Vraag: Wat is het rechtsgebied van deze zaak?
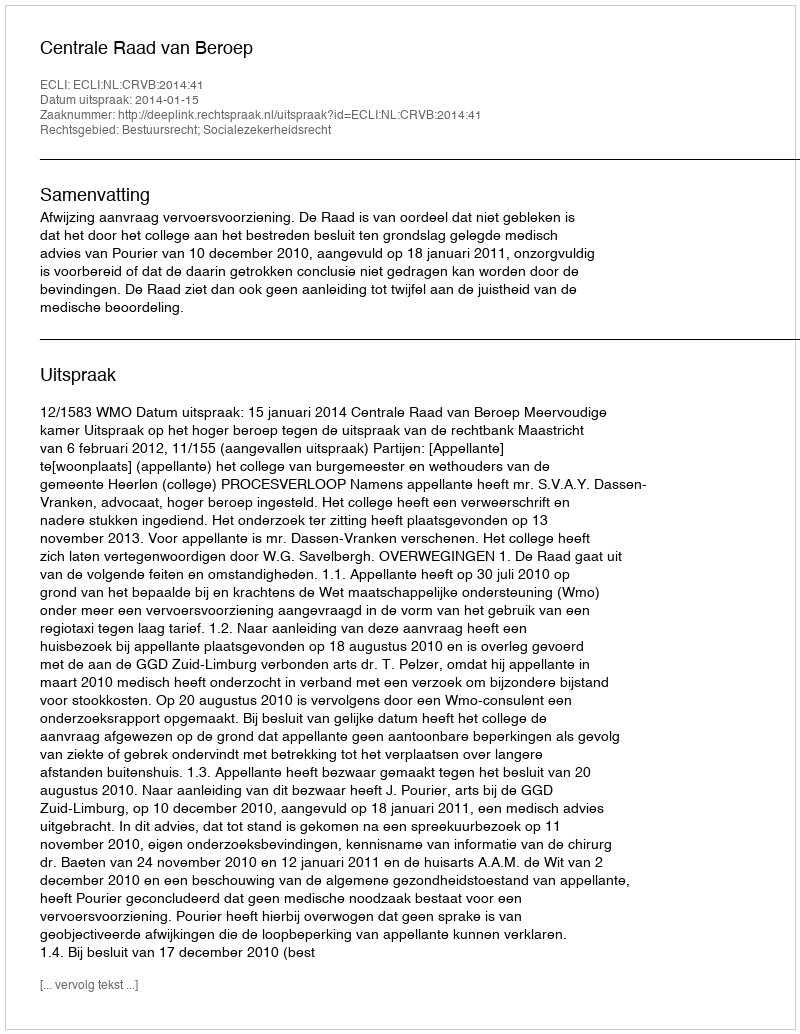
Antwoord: Bestuursrecht; Socialezekerheidsrecht